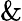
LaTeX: \&